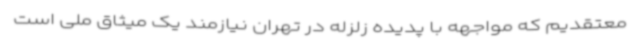
معتقدیم که مواجهه با پدیده زلزله در تهران نیازمند یک میثاق ملی است